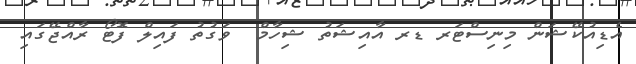
އެޑިއުކޭޝަން މިނިސްޓަރ ޑރ އާއިޝަތު ޝިހާމް  ވަގުތު ފައިލް ފޮޓޯ ރާއްޖޭގައި